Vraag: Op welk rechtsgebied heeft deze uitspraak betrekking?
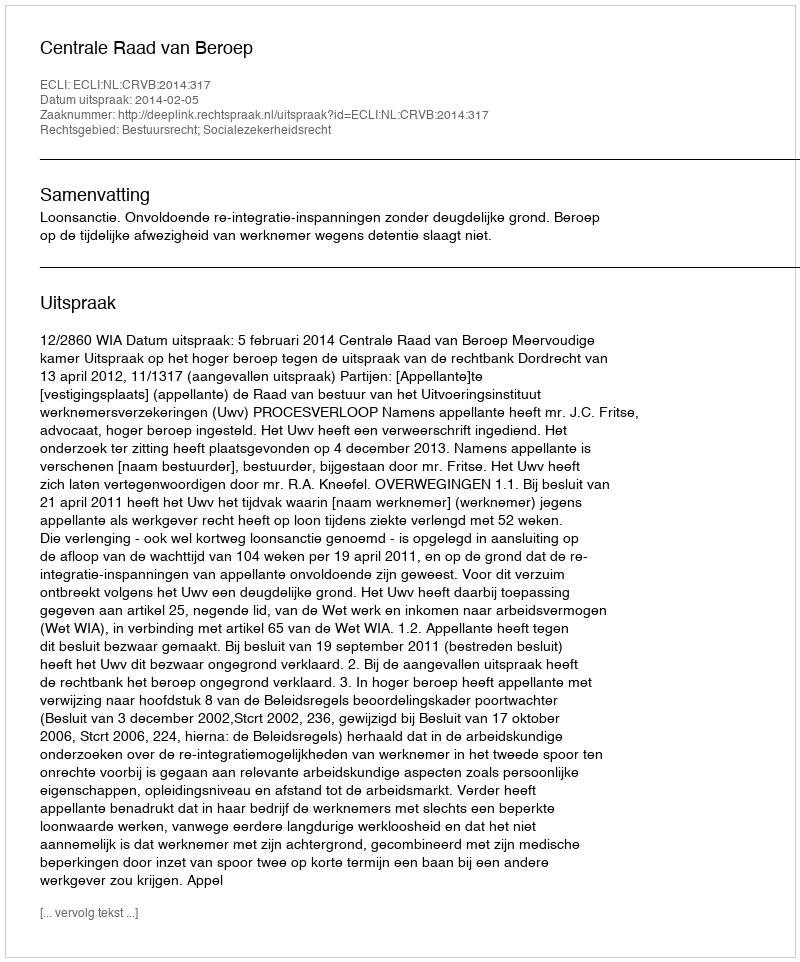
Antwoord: Bestuursrecht; Socialezekerheidsrecht